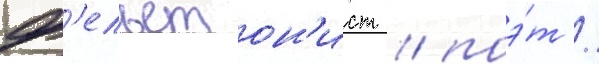
ф'ельетон'ист / поэ́т /